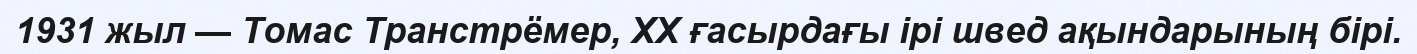
1931 жыл — Томас Транстрёмер, XX ғасырдағы ірі швед ақындарының бірі.